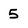
Character: 5